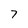
Character: 7